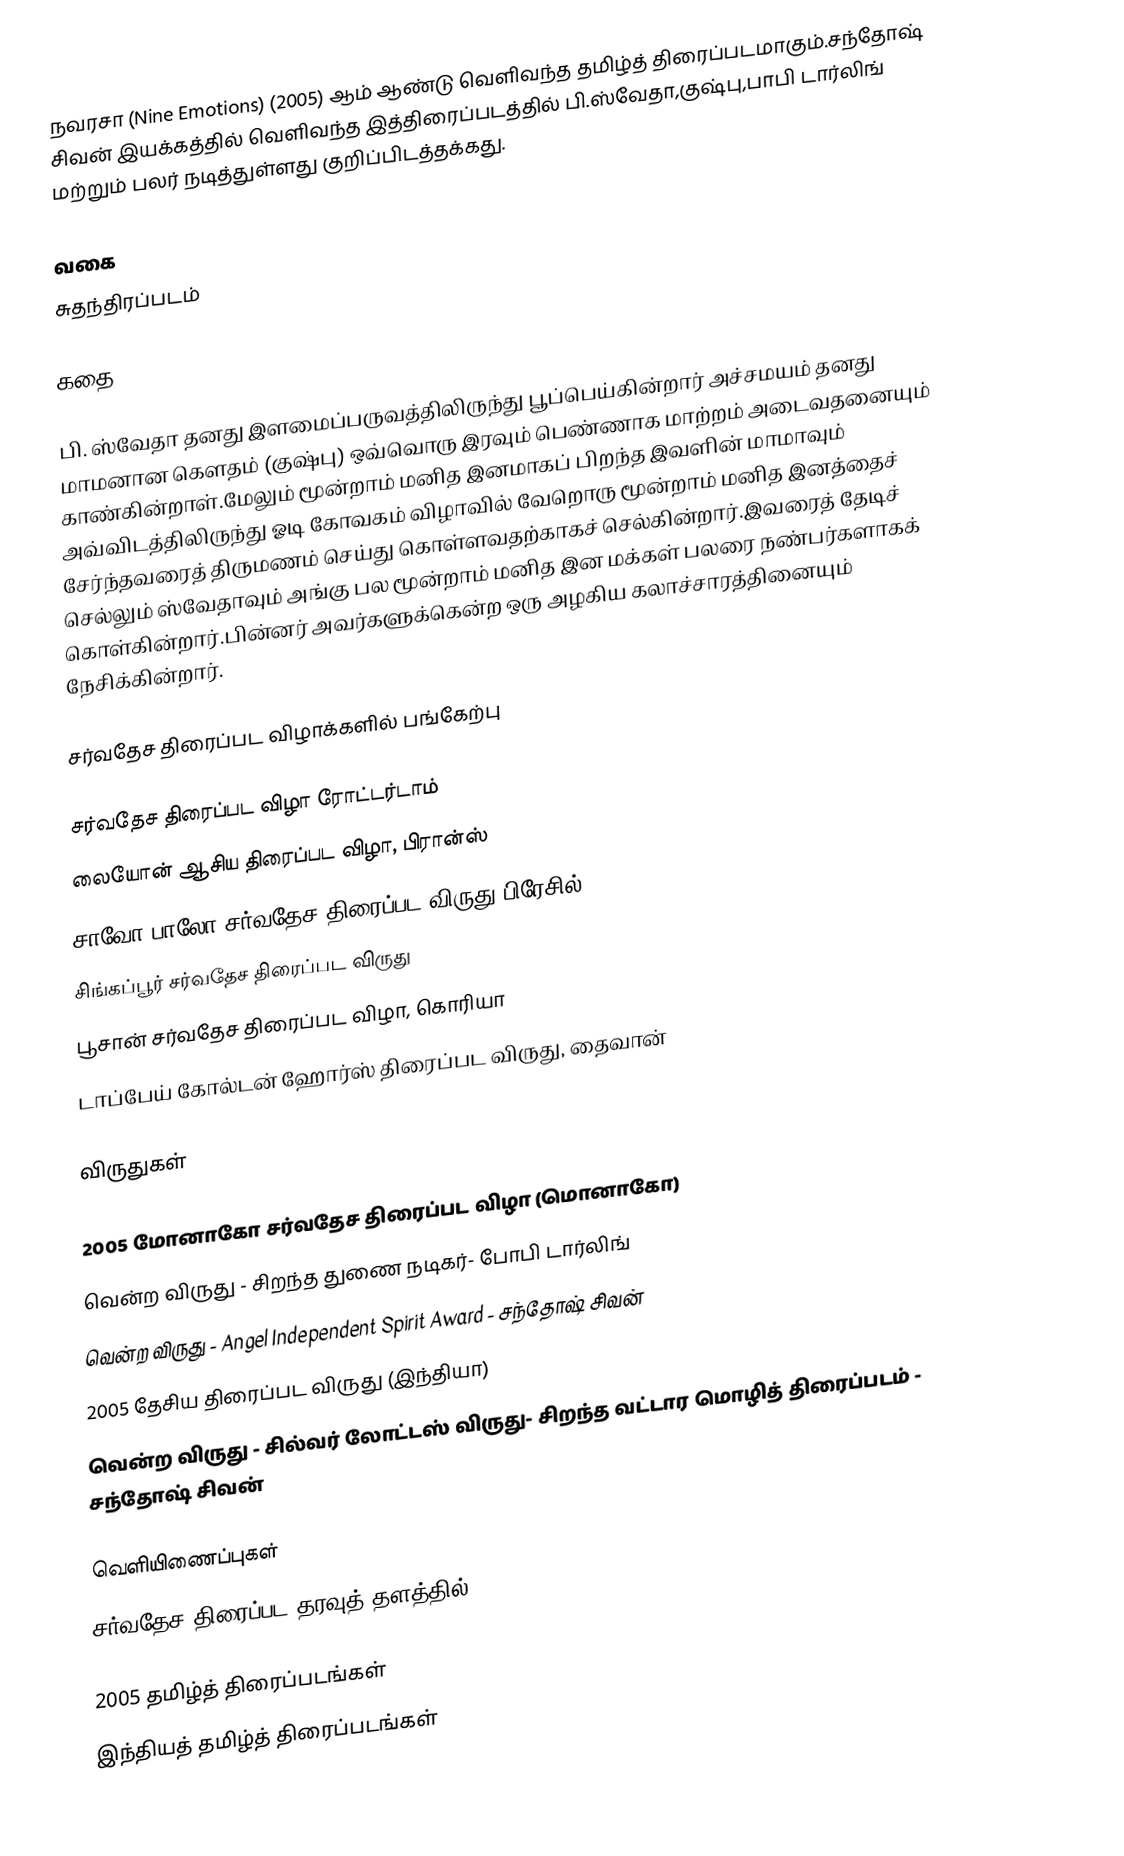
நவரசா (Nine Emotions) (2005) ஆம் ஆண்டு வெளிவந்த தமிழ்த் திரைப்படமாகும்.சந்தோஷ் சிவன் இயக்கத்தில் வெளிவந்த இத்திரைப்படத்தில் பி.ஸ்வேதா,குஷ்பு,பாபி டார்லிங் மற்றும் பலர் நடித்துள்ளது குறிப்பிடத்தக்கது.

வகை
சுதந்திரப்படம்

கதை

பி. ஸ்வேதா தனது இளமைப்பருவத்திலிருந்து பூப்பெய்கின்றார் அச்சமயம் தனது மாமனான கௌதம் (குஷ்பு) ஒவ்வொரு இரவும் பெண்ணாக மாற்றம் அடைவதனையும் காண்கின்றாள்.மேலும் மூன்றாம் மனித இனமாகப் பிறந்த இவளின் மாமாவும் அவ்விடத்திலிருந்து ஓடி கோவகம் விழாவில் வேறொரு மூன்றாம் மனித இனத்தைச் சேர்ந்தவரைத் திருமணம் செய்து கொள்ளவதற்காகச் செல்கின்றார்.இவரைத் தேடிச் செல்லும் ஸ்வேதாவும் அங்கு பல மூன்றாம் மனித இன மக்கள் பலரை நண்பர்களாகக் கொள்கின்றார்.பின்னர் அவர்களுக்கென்ற ஒரு அழகிய கலாச்சாரத்தினையும் நேசிக்கின்றார்.

சர்வதேச திரைப்பட விழாக்களில் பங்கேற்பு

சர்வதேச திரைப்பட விழா ரோட்டர்டாம்
லையோன் ஆசிய திரைப்பட விழா, பிரான்ஸ்
சாவோ பாலோ சர்வதேச திரைப்பட விருது பிரேசில்
சிங்கப்பூர் சர்வதேச திரைப்பட விருது
பூசான் சர்வதேச திரைப்பட விழா, கொரியா
டாப்பேய் கோல்டன் ஹோர்ஸ் திரைப்பட விருது, தைவான்

விருதுகள்

2005 மோனாகோ சர்வதேச திரைப்பட விழா (மொனாகோ)
 வென்ற விருது - சிறந்த துணை நடிகர்- போபி டார்லிங்
 வென்ற விருது  - Angel Independent Spirit Award - சந்தோஷ் சிவன்
2005 தேசிய திரைப்பட விருது (இந்தியா)
 வென்ற விருது  - சில்வர் லோட்டஸ் விருது- சிறந்த வட்டார மொழித் திரைப்படம் - சந்தோஷ் சிவன்

வெளியிணைப்புகள்
சர்வதேச திரைப்பட தரவுத் தளத்தில்

2005 தமிழ்த் திரைப்படங்கள்
இந்தியத் தமிழ்த் திரைப்படங்கள்